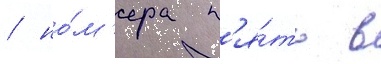
/ но́м'ера п'я́ть в